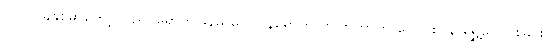
၂၀၁၂ ခုနှစ်မှာတော့ ပြည်ပရောက်မြန်မာတွေပြန်ရောက်လာကြတာက ပြောင်းပြန် ရွှေ့ပြောင်းခြင်း